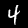
Label: 4